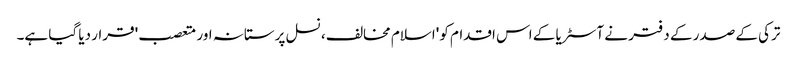
ترکی کے صدر کے دفتر نے آسٹریا کے اس اقدام کو 'اسلام مخالف، نسل پرستانہ اور متعصب' قرار دیا گیا ہے۔